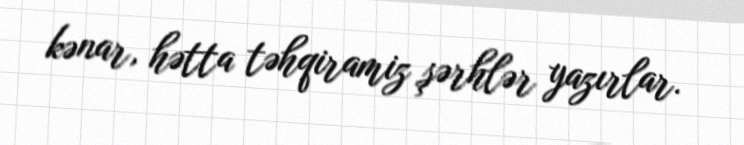
kənar, hətta təhqiramiz şərhlər yazırlar.